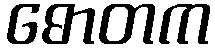
ဓောတက